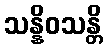
သန္နိဝသန္တိ